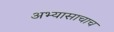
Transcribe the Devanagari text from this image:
अभ्यासाचाच